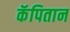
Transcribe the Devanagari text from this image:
कॅपितान